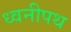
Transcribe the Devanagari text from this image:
ध्वनीपथ